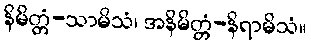
နိမိတ္တံ-သာမိသံ၊ အနိမိတ္တံ-နိရာမိသံ။